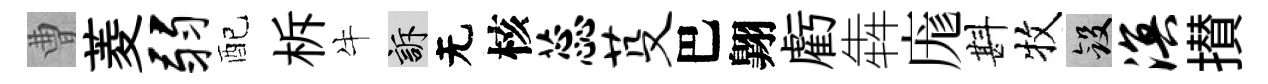
曹菱弱配柝牛訴无核蕊芟巴翺虧犇庬斟牧斂溟攅